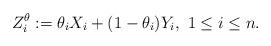
LaTeX: \begin{align*}Z_{i}^{\theta}:=\theta_{i}X_{i}+(1-\theta_{i})Y_{i},~1\leq i\leq n.\end{align*}